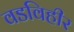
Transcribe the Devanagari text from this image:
वडविहीर